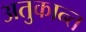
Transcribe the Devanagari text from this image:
अतुकान्त